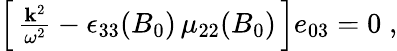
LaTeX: \begin{array}{r}{\left[\, \frac{{\mathbf k}^{2}}{\omega^{2}}-\epsilon_{33}(B_{0})\, \mu_{22}(B_{0})\, \right]e_{03}=0\; ,}\end{array}